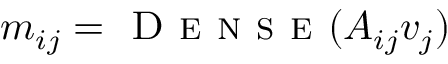
m _ { i j } = \textsc { D e n s e } ( A _ { i j } v _ { j } )